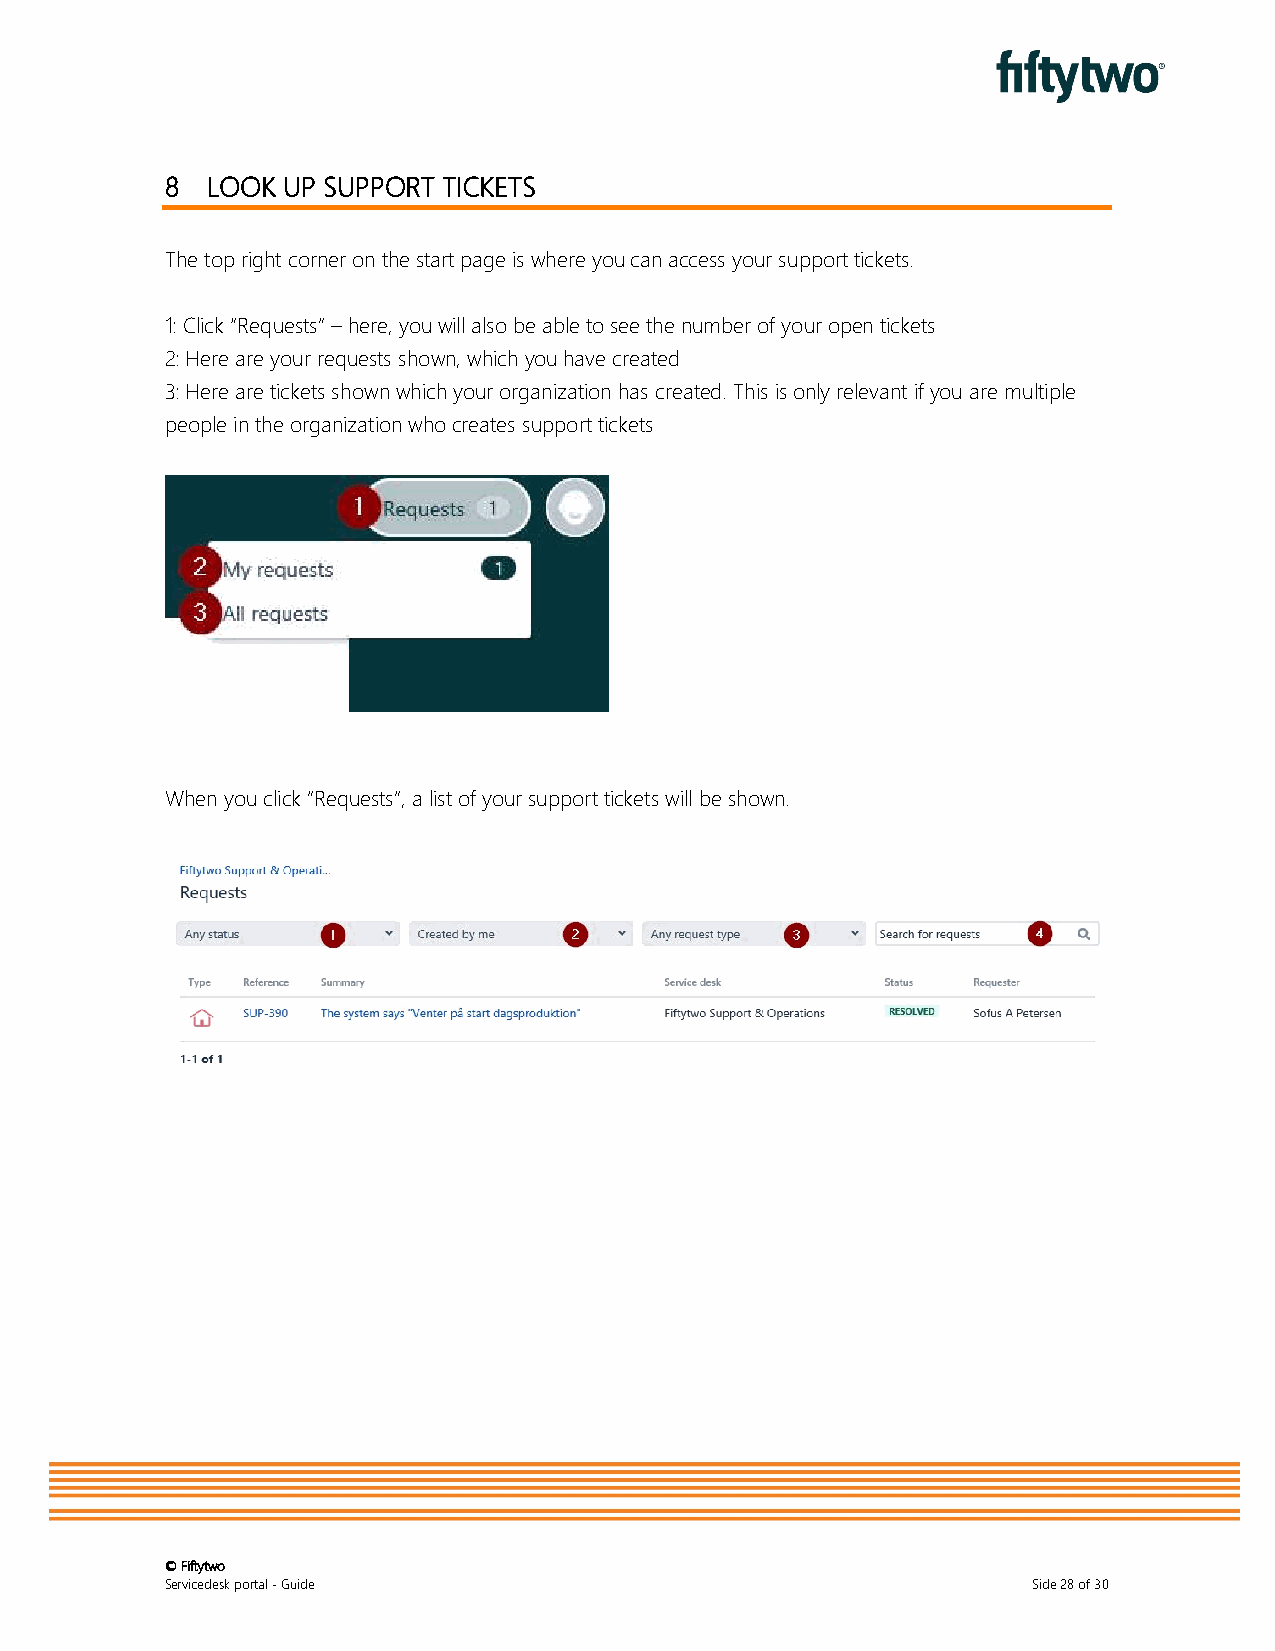
8  LOOK UP SUPPORT TICKETS
 The top right corner on the start page is where you can access your support tickets.
 1: Click “Requests” – here, you will also be able to see the number of your open tickets
 2: Here are your requests shown, which you have created
 3: Here are tickets shown which your organization has created. This is only relevant if you are multiple
 people in the organization who creates support tickets
 When you click ”Requests”, a list of your support tickets will be shown.
 © Fiftytwo
 Servicedesk portal - Guide                               Side 28 of 30